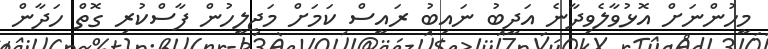
މީހުންނަށް އޮޅުވާލެވިދާނެ އަދީބު ނައިބު ރައީސް ކަމަށް މަޖިލީހުން ފާސްކުރި ގޮތް ހަދާން